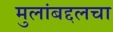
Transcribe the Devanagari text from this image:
मुलांबद्दलचा